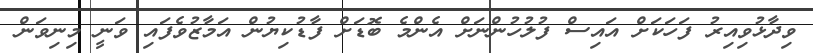
ވިދާޅުވިއިރު ފަހަކަށް އައިސް ފުލުހުންނަށް އެންމެ ބޮޑަށް ފާޑުކިޔުން އަމާޒުވެފައި ވަނީ މިނިވަން